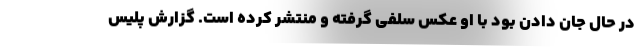
در حال جان دادن بود با او عکس سلفی گرفته و منتشر کرده است. گزارش پلیس